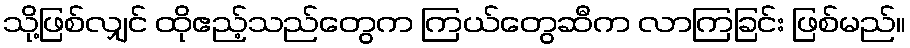
သို့ဖြစ်လျှင် ထိုဧည့်သည်တွေက ကြယ်တွေဆီက လာကြခြင်း ဖြစ်မည်။